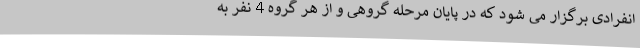
انفرادی برگزار می شود که در پایان مرحله گروهی و از هر گروه 4 نفر به